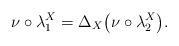
LaTeX: \begin{align*}\nu\circ\lambda_1^X=\Delta_X \big(\nu\circ\lambda_2^X\big).\end{align*}